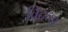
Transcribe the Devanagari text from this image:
विद्रव्य